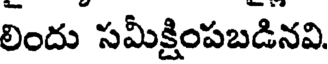
లిందు సమీక్షింపబడినవి